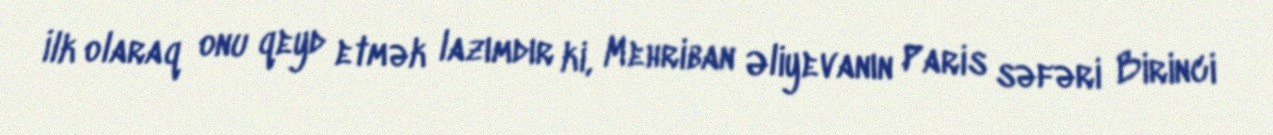
İlk olaraq onu qeyd etmək lazımdır ki, Mehriban Əliyevanın Paris səfəri Birinci